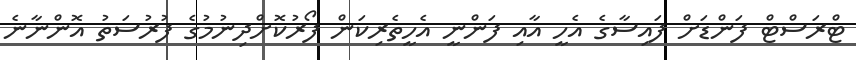
ޓްރަސްޓް ފަންޑަށް ފައިސާގެ އެހީ އާއި ފަންނީ އެހީތެރިކަން ފޯރުކޮށްދިނުމުގެ ފުރުސަތު އޮންނާނެ